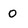
Character: o